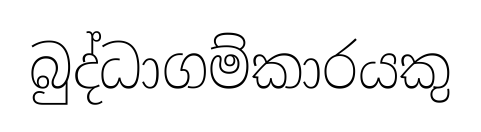
බුද්ධාගම්කාරයකු